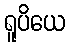
ရူပိယေ